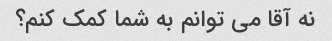
نه آقا می توانم به شما کمک کنم؟